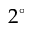
2 ^ { \circ }